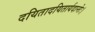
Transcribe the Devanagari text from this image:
दयितादयितार्यदान्तेः।